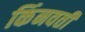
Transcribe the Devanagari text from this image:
किंनवती